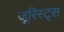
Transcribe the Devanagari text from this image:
जूरिस्ट्स